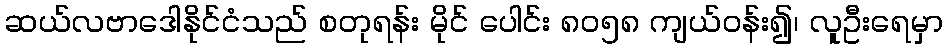
ဆယ်လဗာဒေါနိုင်ငံသည် စတုရန်း မိုင် ပေါင်း ၈၀၅၈ ကျယ်ဝန်း၍၊ လူဦးရေမှာ